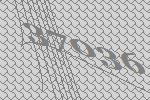
37036